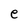
Character: e